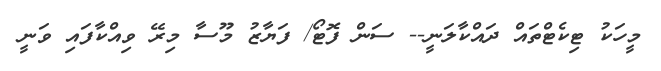
މީހަކު ޓިކެޓްތައް ދައްކާލަނީ-- ސަން ފޮޓޯ/ ފަޔާޒު މޫސާ މިރޭ ވިއްކާފައި ވަނީ